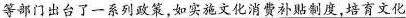
等部门出台了一系列政策，如实施文化消费补贴制度，培育文化